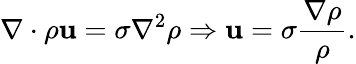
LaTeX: {\mathbf\nabla}\cdot\rho{\mathbf u}=\sigma\nabla^{2}\rho\Rightarrow{\mathbf u}=\sigma\frac{{\mathbf\nabla}\rho}{\rho}.